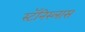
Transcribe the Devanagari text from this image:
स्टॅनिस्लास